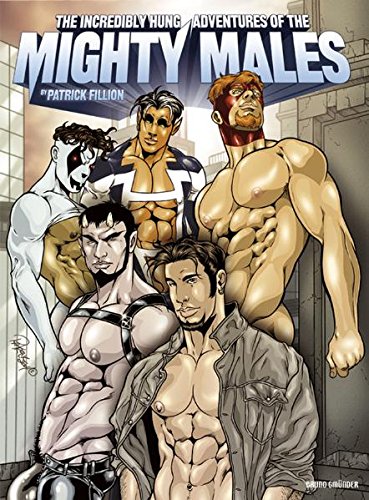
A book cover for The Incredibly Hung Adventures of Mighty Males; Romance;